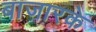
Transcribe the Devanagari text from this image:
बाजारके